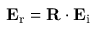
\mathbf { E } _ { \mathrm { r } } = \mathbf { R } \cdot \mathbf { E } _ { \mathrm { i } }